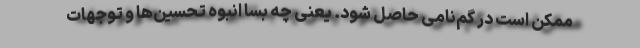
ممکن است در گم‌نامی حاصل شود. یعنی چه بسا انبوه تحسین‌ها و توجهات